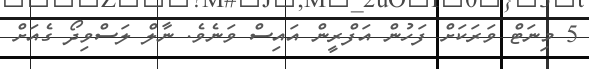
5 މިނަޓް ވަރަކަށް ފަހުން އަފްރީން އައިސް ވަނެވެ. ނާލް ލަސްވިދޯ ގެއަށް